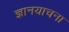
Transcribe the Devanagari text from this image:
ज्ञानयाचना